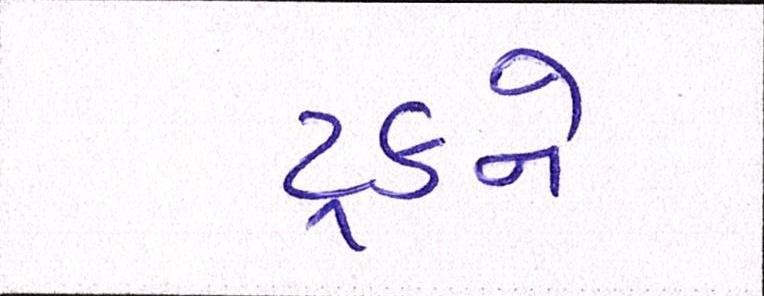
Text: ટ્રકને